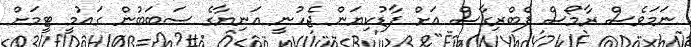
ނަމަވެސް ރާމޯސް ފެބްރިގާސް އަށް ފާޑުކިޔަން ޖެހުނީ އަނިޔާގެ ސަބަބުން ގައުމީ ޓީމަށް